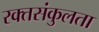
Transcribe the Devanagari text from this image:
रक्तसंकुलता